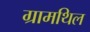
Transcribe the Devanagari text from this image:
ग्रामथिल